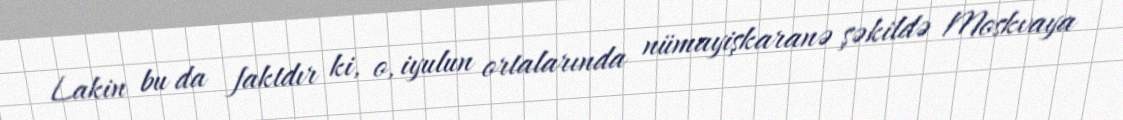
Lakin bu da faktdır ki, o, iyulun ortalarında nümayişkaranə şəkildə Moskvaya